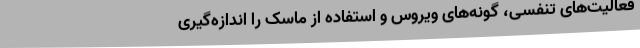
فعالیت‌های تنفسی، گونه‌های ویروس و استفاده از ماسک را اندازه‌گیری